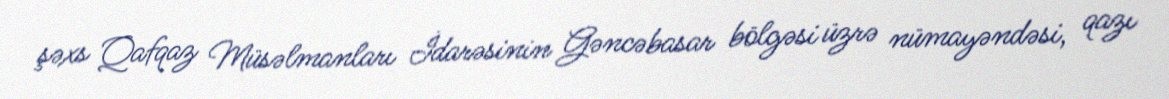
şəxs Qafqaz Müsəlmanları İdarəsinin Gəncəbasar bölgəsi üzrə nümayəndəsi, qazı